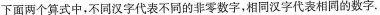
下面两个算式中，不同汉字代表不同的非零数字，相同汉字代表相同的数字。